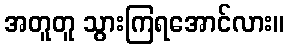
အတူတူ သွားကြရအောင်လား။